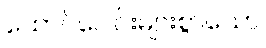
ထောင်ပေါင်းများစွာသော